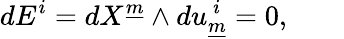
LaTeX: dE^{i}=dX^{\underline{{{m}}}}\wedge du_{\underline{{{m}}}}^{~i}=0,\qquad